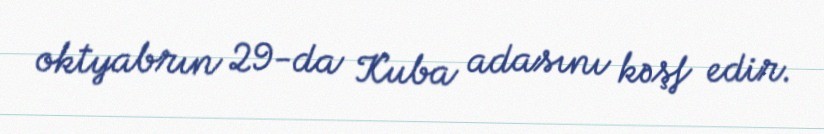
oktyabrın 29-da Kuba adasını kəşf edir.